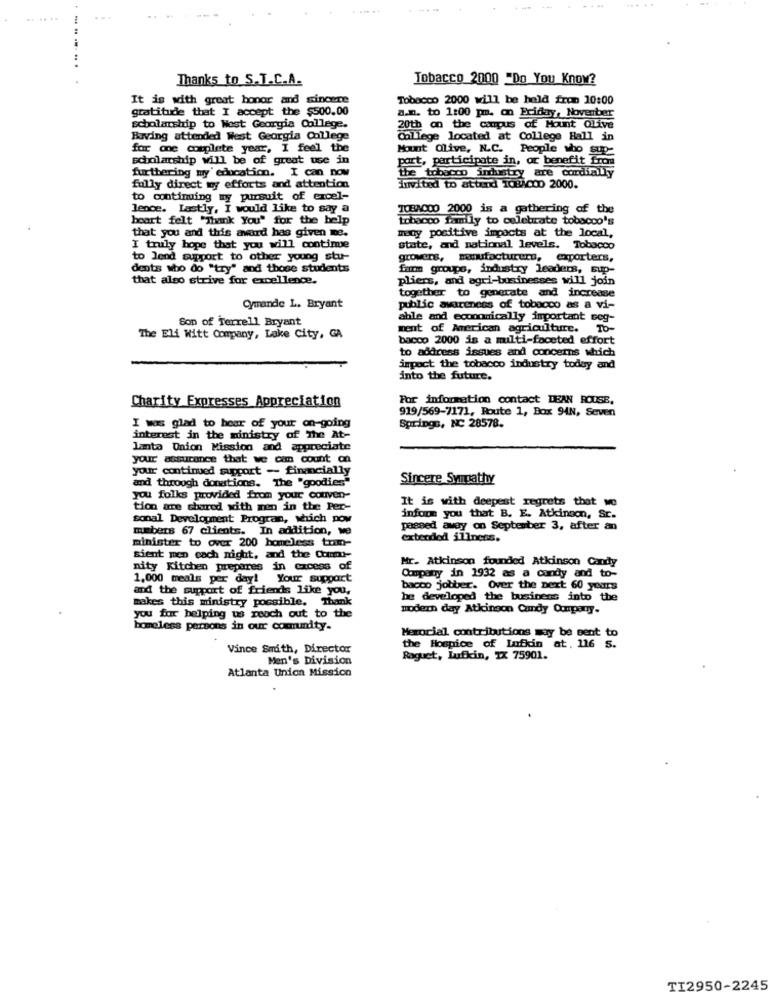
... ..
.. .. .
Thanks to S.T.C.A.
Tobacco 2000 "Do You Know?
It is with great honor and sincere
Tobacco 2000 will be held fron 10:00
gratitude that I accept the $500.00
a.n. to 1:00 pm. on Friday, November
scholarship to West Georgia College.
20th on the campus of Mount Qllive
Raving attended West Georgia College
College located at College Hall in
for one complete year, I feel the
Mount Olive, N.C. People who Sup-
scholarship will be of great use in
port, participate in, or benefit from
furthering my education. I can now
the tobacco industry are cordially
fully direct my efforts and attention
invited to attend 1084000 2000.
to continuing my pursuit of excel-
lence. Lastly, I would like to say a
TOBA000 2000 is a gathering of the
boart felt "Thank You" for the help
tobacco family to celebrate tobacco's
meny positive impacts at the local,
that you and this award has given me.
I truly hope that you will continue
state, and national levels. Tobacco
to Jend support to other young stu-
growers, manufacturers, exporters,
dents who do "try" and those students
farm groupe, industry leaders, sup-
that also strive for excellence.
pliers, and agri-businesses will join
together to generate and increase
Qmande L. Bryant
public awareness of tobacco as a vi-
Son of Terrell Bryant
able and economically important seg-
ment of American agriculture. To-
The Eli Witt Company, Lake City, GA
bacco 2000 is a multi-faceted effort
to address issues and concerns which
impact the tobacco industry today and
into the future.
Charity Expresses Appreciation
For information contact DEAN ROUSE,
919/569-7171, Route 1, Box 94N, Seven
I was glad to hear of your on-going
Springs, NC 28578.
interest in the ministry of The At-
lanta Union Mission and appreciate
your assurance that ve com count on
your continued support - financially
and through donations. The "goodies"
Sincere Sympathy
you folks provided from your couven-
It is with deepest regrets that we
tion are shared with men in the Per-
sonal Development Program, which pov
inform you that B. E. Atkinson, St.
mebers 67 clients. In addition, we
passed away on September 3, after an
extended illness.
minister to over 200 homeless tram-
sient men cach might, and the Commo-
Mr. Atkinson founded Atkinson Candy
nity Kitchen prepares in excess of
1,000 meals per day! Your support
Company in 1932 as a candy and to-
and the support of friends like you.
bacco jobber. Over the next 60 years
makes this ministry possible. Thank
be developed the busines into the
modern day Atkinson Candy Company.
you for helping us reoch out to the
homeless persons in our commity.
Memorial contributions may be sent to
Vince Smith, Director
the Hospice of Lufkin at. 116 S.
Men's Division
Raguet, Lufkin, IX 75901.
Atlanta Union Mission
TI2950-2245